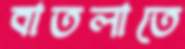
বাতলাতে